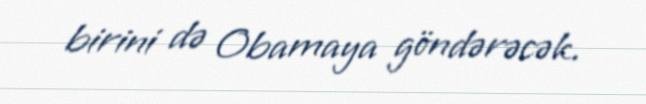
birini də Obamaya göndərəcək.